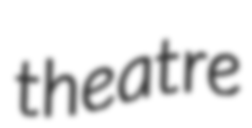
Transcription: theatre